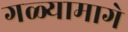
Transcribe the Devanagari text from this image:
गळ्यामागे